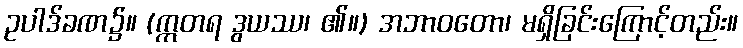
ဥပါဒ်ခဏ၌။ (ဣတရ ဒွယဿ၊ ၏။) အဘာဝတော၊ မရှိခြင်းကြောင့်တည်း။